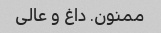
ممنون. داغ و عالی